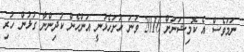
ނަމަވެސް އެ ކޮމިޝަނަށް 2016 ވަނަ ހުށަހެޅުނީ އަންހެން ކުދިންނާ ގުޅުން ހުރި